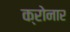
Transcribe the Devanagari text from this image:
क्रोनार